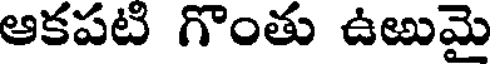
ఆకపటి గొంతు ఉఱుమై